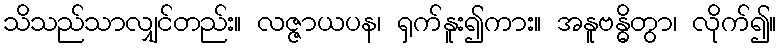
သိသည်သာလျှင်တည်း။ လဇ္ဇာယပန၊ ရှက်နူး၍ကား။ အနူဗန္ဓိတွာ၊ လိုက်၍။